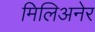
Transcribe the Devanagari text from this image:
मिलिअनेर